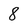
Character: 8